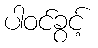
ပါဝင်ခွင့်